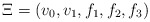
\begin{align*}\Xi = (v_0,v_1, f_1, f_2, f_3)\end{align*}